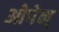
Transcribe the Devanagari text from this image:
ओपेन्